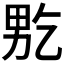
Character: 𤱘